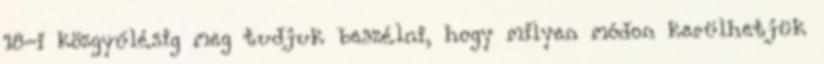
18-i közgyűlésig meg tudjuk beszélni, hogy milyen módon kerülhetjük